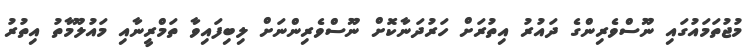
މުޖުތަމައުގައި ނޫސްވެރިންގެ ދައުރު އިތުރަށް ހަރުދަނާކޮށް ނޫސްވެރިންނަށް ލިބިފައިވާ ތަމްރީނާއި މައުލޫމާތު އިތުރު